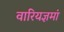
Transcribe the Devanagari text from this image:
वारियज्ञमां